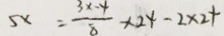
5 x = \frac { 3 x - 4 } { 8 } \times 2 4 - 2 \times 2 4